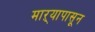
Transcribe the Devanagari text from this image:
माऱ्यापासून